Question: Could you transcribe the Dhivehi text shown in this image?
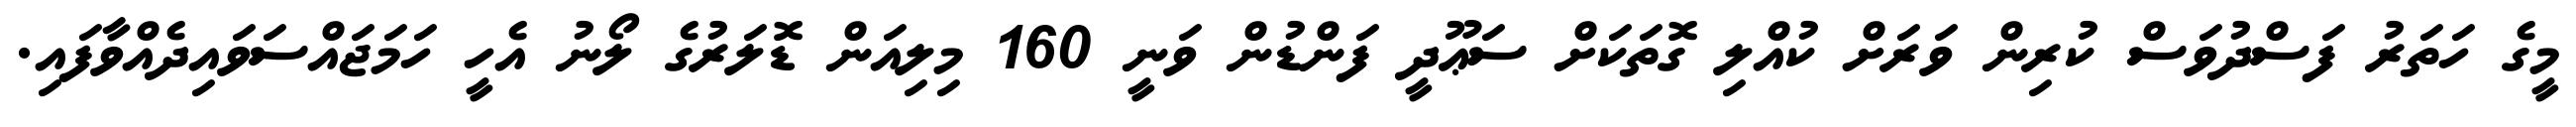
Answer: މީގެ ހަތަރު ފަސްދުވަސް ކުރިން ވަރަށް ކުއްލި ގޮތަކަށް ސަޢޫދީ ފަންޑުން ވަނީ 160 މިލިއަން ޑޮލަރުގެ ލޯނު އެހީ ހަމަޖައްސަވައިދެއްވާފައި.